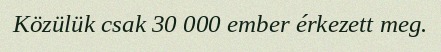
Közülük csak 30 000 ember érkezett meg.